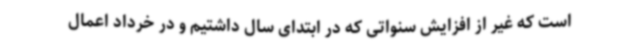
است که غیر از افزایش سنواتی که در ابتدای سال داشتیم و در خرداد اعمال